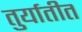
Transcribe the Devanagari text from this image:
तुर्यातीत